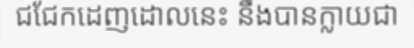
ជជែកដេញដោលនេះ នឹងបានក្លាយជា